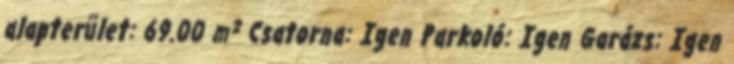
alapterület: 69.00 m² Csatorna: Igen Parkoló: Igen Garázs: Igen